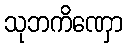
သုဘကိဏှော